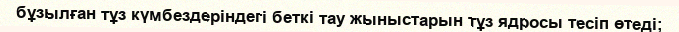
бұзылған тұз күмбездеріндегі беткі тау жыныстарын тұз ядросы тесіп өтеді;